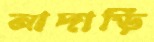
নাদাড়ি